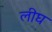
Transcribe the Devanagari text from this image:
लीघ